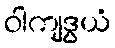
ဝါကျဒွယံ